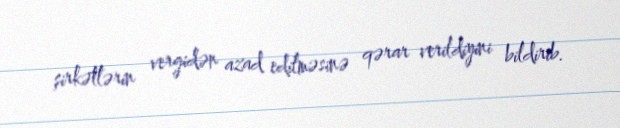
şirkətlərin vergidən azad edilməsinə qərar verildiyini bildirib.